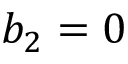
b _ { 2 } = 0